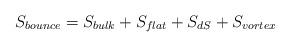
LaTeX: \begin{align*}S_{bounce}=S_{bulk}+S_{flat}+S_{dS}+S_{vortex}\end{align*}